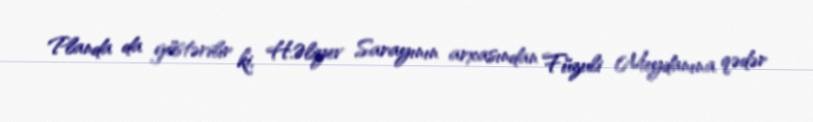
Planda da göstərilir ki, H.Əliyev Sarayının arxasından Füzuli Meydanına qədər